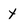
Character: y